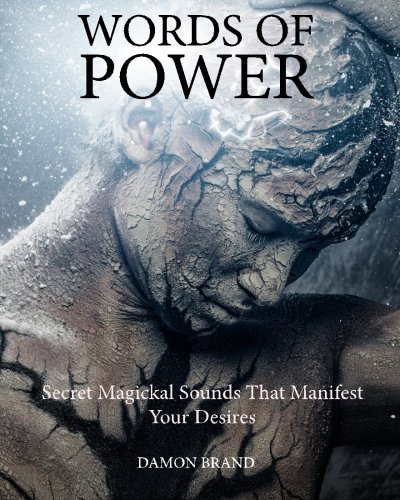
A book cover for Words of Power: Secret Magickal Sounds That Manifest Your Desires; Damon Brand; Religion & Spirituality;